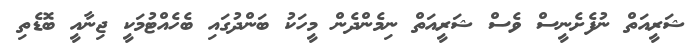
ޝަރީއަތް ނުފެށެނީސް ވެސް ޝަރީއަތް ނިމެންދެން މީހަކު ބަންދުގައި ބެހެއްޓުމަކީ ޖިނާއީ ބޮޑެތި